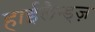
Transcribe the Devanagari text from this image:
हाईलैन्ड्ज़